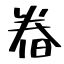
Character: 𣇃